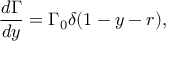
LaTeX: \frac { d \Gamma } { d y } = \Gamma _ { 0 } \delta ( 1 - y - r ) ,